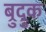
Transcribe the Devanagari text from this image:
ब्रुद्रुक